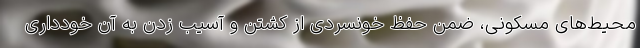
محیط‌های مسکونی، ضمن حفظ خونسردی از کشتن و آسیب زدن به آن خودداری